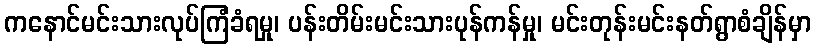
ကနောင်မင်းသားလုပ်ကြံခံရမှု၊ ပန်းတိမ်းမင်းသားပုန်ကန်မှု၊ မင်းတုန်းမင်းနတ်ရွာစံချိန်မှာ